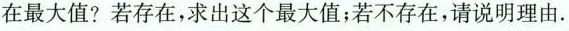
在最大值?若存在，求出这个最大值；若不存在，请说明理由.